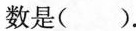
数是( )。